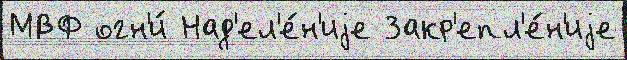
МВФ огн'и́ Над'ел'е́н'иjе Закр'епл'е́н'иjе